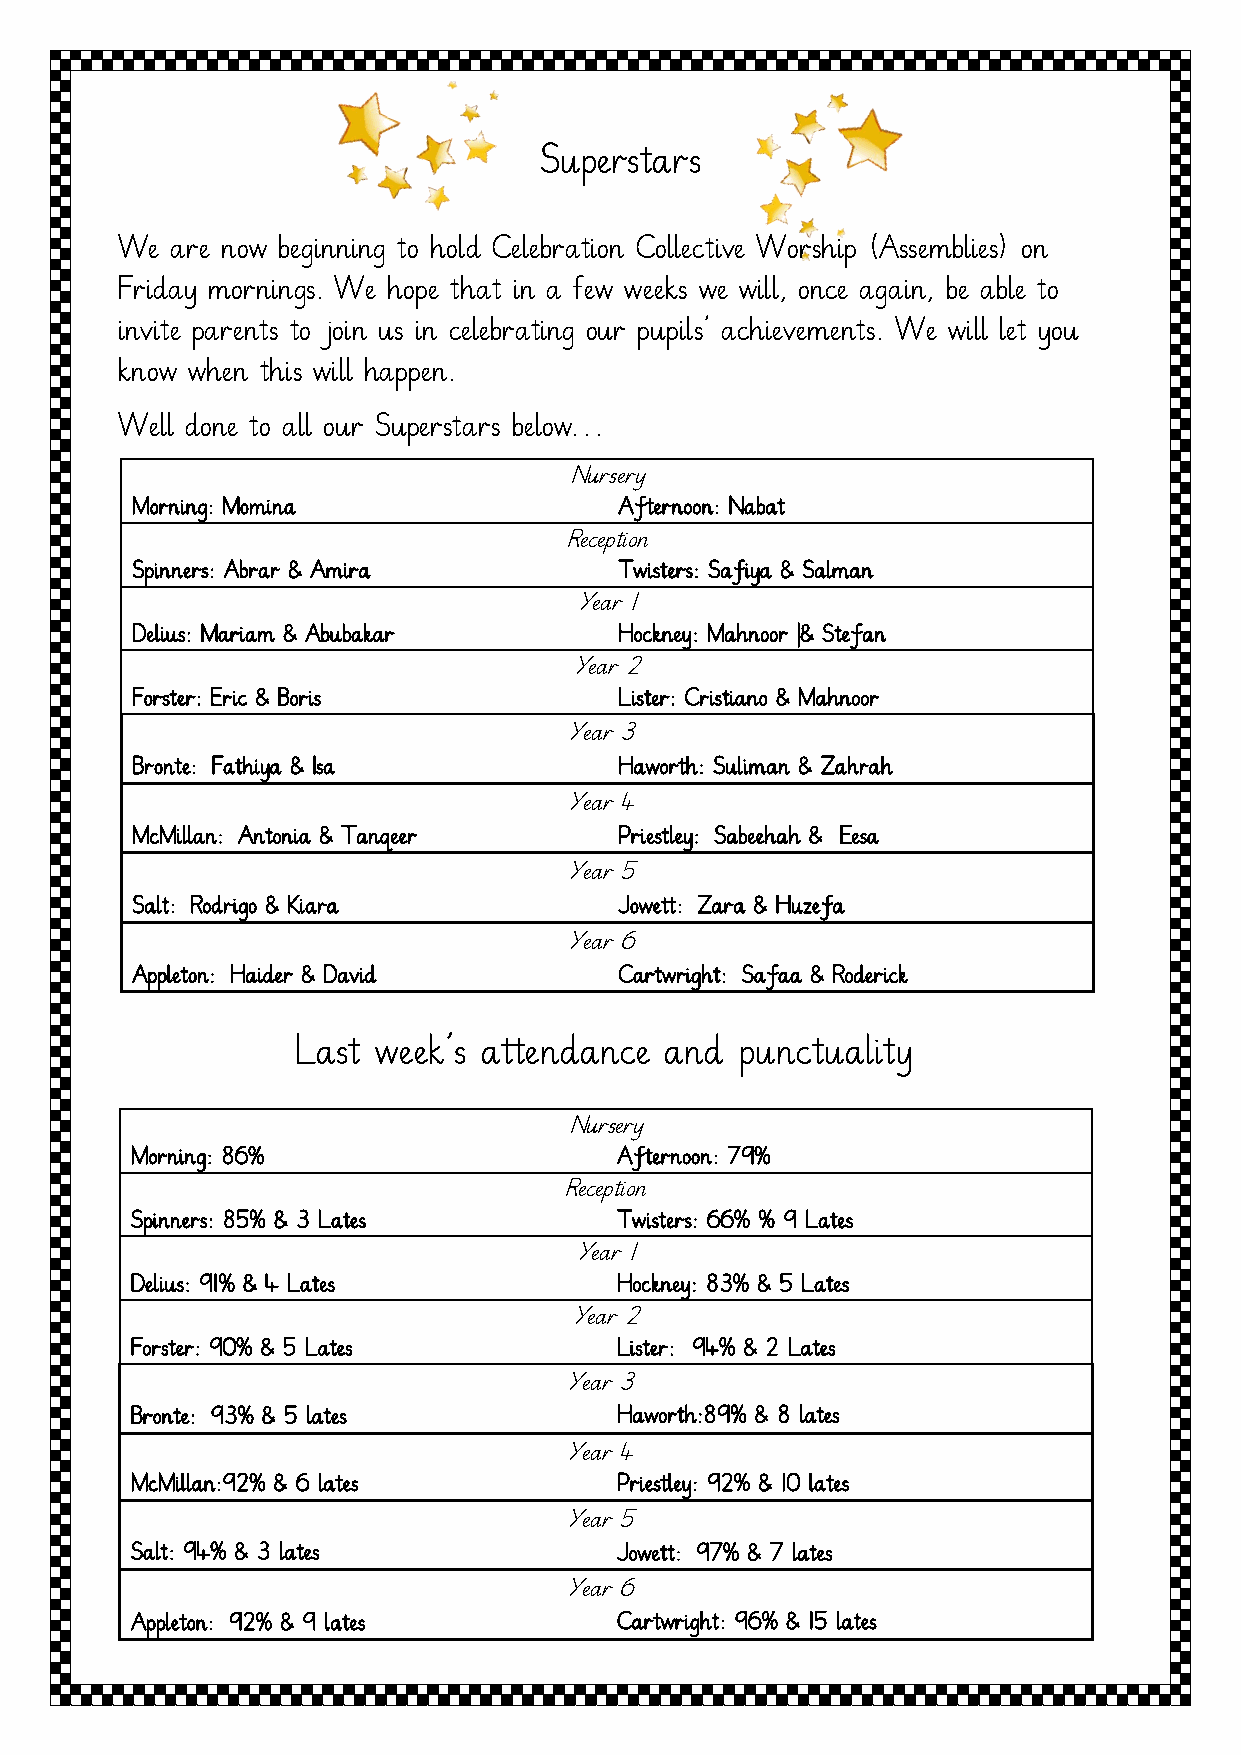
Superstars
 We are now beginning to hold Celebration Collective Worship (Assemblies) on
 Friday mornings. We hope that in a few weeks we will, once again, be able to
 invite parents to join us in celebrating our pupils’ achievements. We will let you
 know when this will happen.
 Well done to all our Superstars below…
 Nursery
 Morning: Momina                 Afternoon: Nabat
 Reception
 Spinners: Abrar & Amira         Twisters: Safiya & Salman
 Year 1
 Delius: Mariam & Abubakar       Hockney: Mahnoor |& Stefan
 Year 2
 Forster: Eric & Boris           Lister: Cristiano & Mahnoor
 Year 3
 Bronte: Fathiya & Isa           Haworth: Suliman & Zahrah
 Year 4
 McMillan: Antonia & Tanqeer     Priestley: Sabeehah & Eesa
 Year 5
 Salt: Rodrigo & Kiara           Jowett: Zara & Huzefa
 Year 6
 Appleton: Haider & David        Cartwright: Safaa & Roderick
 Last week’s attendance  and  punctuality
 Nursery
 Morning: 86%                    Afternoon: 79%
 Reception
 Spinners: 85% & 3 Lates         Twisters: 66% % 9 Lates
 Year 1
 Delius: 91% & 4 Lates           Hockney: 83% & 5 Lates
 Year 2
 Forster: 90% & 5 Lates          Lister: 94% & 2 Lates
 Year 3
 Bronte: 93% & 5 lates           Haworth:89% & 8 lates
 Year 4
 McMillan:92% & 6 lates          Priestley: 92% & 10 lates
 Year 5
 Salt: 94% & 3 lates             Jowett: 97% & 7 lates
 Year 6
 Appleton: 92% & 9 lates         Cartwright: 96% & 15 lates